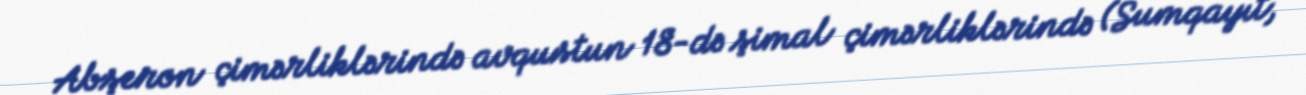
Abşeron çimərliklərində avqustun 18-də şimal çimərliklərində (Sumqayıt,